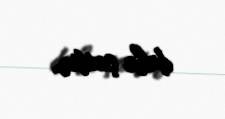
daha çoxdur.